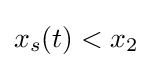
x_{s}(t)<x_{2}